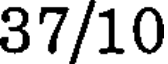
37/10